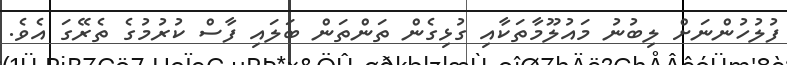
ފުލުހުންނަށް ލިބުނު މައުލޫމާތަކާއި ގުޅިގެން ތަންތަން ބަލައި ފާސް ކުރުމުގެ ތެރޭގަ އެވެ.